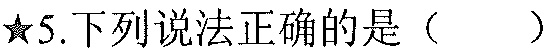
★5.下列说法正确的是（  ）